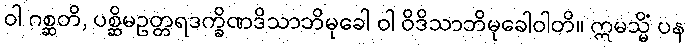
ဝါ ဂစ္ဆတိ, ပစ္ဆိမဥတ္တရဒက္ခိဏဒိသာဘိမုခေါ ဝါ ဝိဒိသာဘိမုခေါဝါတိ။ ဣမသ္မိံ ပန